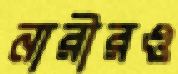
নারীরও